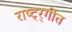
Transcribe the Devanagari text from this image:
राष्ट्र्गीत